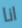
انا